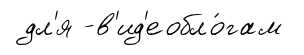
дл'я -в'ид'еобло́гам